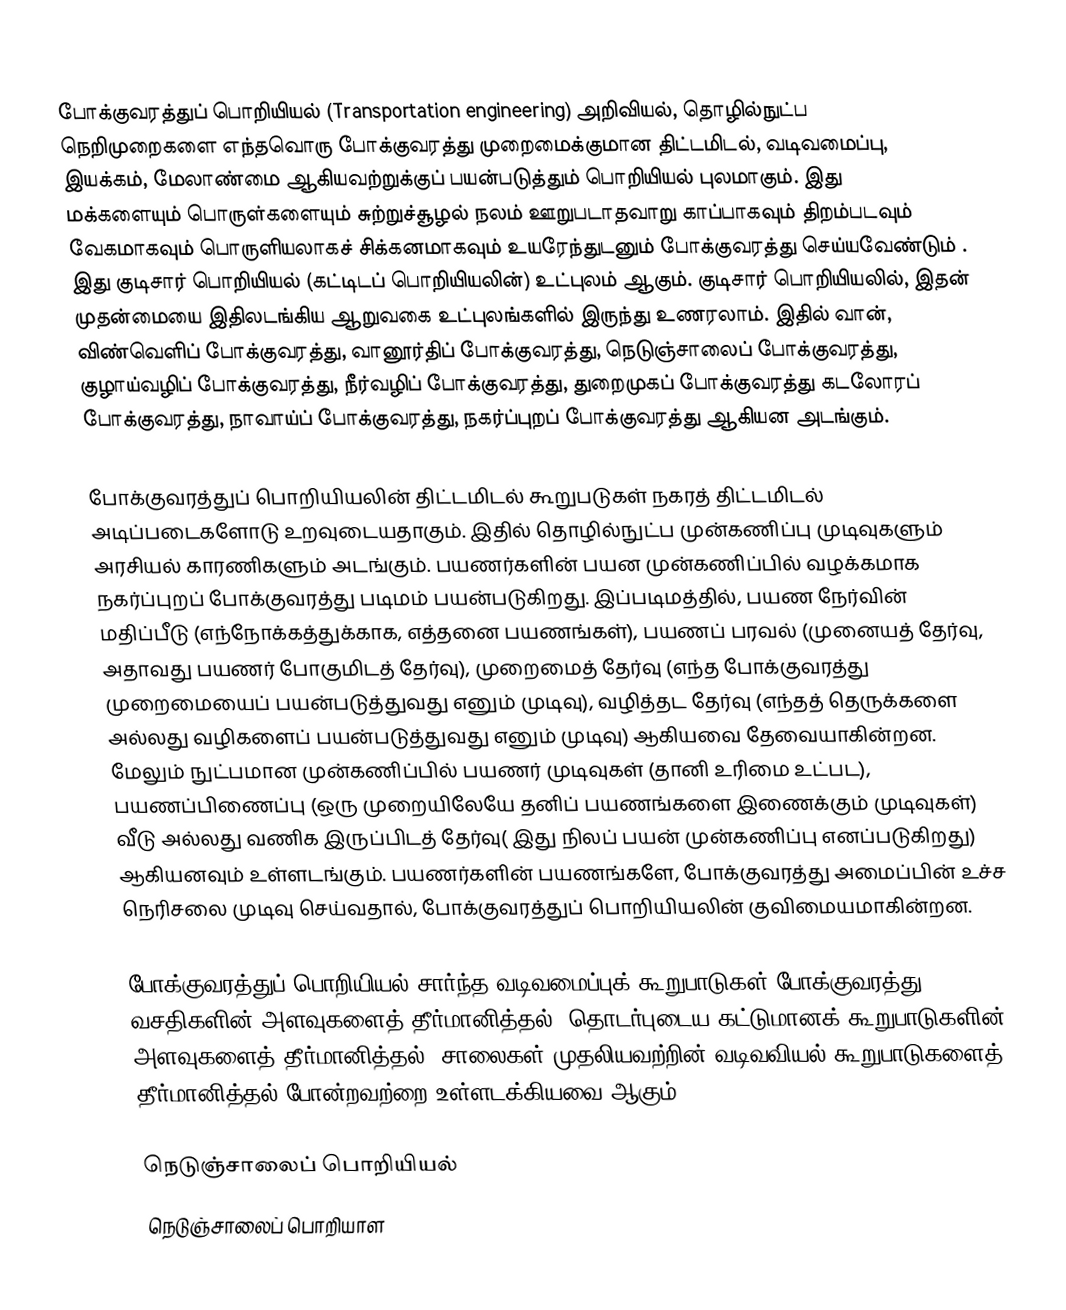
போக்குவரத்துப் பொறியியல் (Transportation engineering)  அறிவியல், தொழில்நுட்ப நெறிமுறைகளை எந்தவொரு போக்குவரத்து முறைமைக்குமான திட்டமிடல், வடிவமைப்பு, இயக்கம், மேலாண்மை ஆகியவற்றுக்குப் பயன்படுத்தும் பொறியியல் புலமாகும். இது மக்களையும் பொருள்களையும் சுற்றுச்சூழல் நலம் ஊறுபடாதவாறு காப்பாகவும் திறம்படவும் வேகமாகவும் பொருளியலாகச் சிக்கனமாகவும் உயரேந்துடனும் போக்குவரத்து செய்யவேண்டும் .  இது குடிசார் பொறியியல் (கட்டிடப் பொறியியலின்) உட்புலம் ஆகும். குடிசார் பொறியியலில், இதன் முதன்மையை இதிலடங்கிய ஆறுவகை உட்புலங்களில் இருந்து உணரலாம். இதில் வான், விண்வெளிப் போக்குவரத்து, வானூர்திப் போக்குவரத்து, நெடுஞ்சாலைப் போக்குவரத்து, குழாய்வழிப் போக்குவரத்து, நீர்வழிப் போக்குவரத்து, துறைமுகப் போக்குவரத்து கடலோரப் போக்குவரத்து, நாவாய்ப் போக்குவரத்து, நகர்ப்புறப் போக்குவரத்து ஆகியன அடங்கும்.

போக்குவரத்துப் பொறியியலின் திட்டமிடல் கூறுபடுகள் நகரத் திட்டமிடல் அடிப்படைகளோடு உறவுடையதாகும். இதில் தொழில்நுட்ப முன்கணிப்பு முடிவுகளும் அரசியல் காரணிகளும் அடங்கும்.  பயணர்களின் பயன முன்கணிப்பில் வழக்கமாக நகர்ப்புறப் போக்குவரத்து படிமம் பயன்படுகிறது. இப்படிமத்தில், பயண நேர்வின் மதிப்பீடு (எந்நோக்கத்துக்காக, எத்தனை பயணங்கள்), பயணப் பரவல் (முனையத் தேர்வு, அதாவது பயணர் போகுமிடத் தேர்வு), முறைமைத் தேர்வு (எந்த போக்குவரத்து முறைமையைப் பயன்படுத்துவது எனும் முடிவு),  வழித்தட தேர்வு (எந்தத் தெருக்களை அல்லது வழிகளைப் பயன்படுத்துவது எனும் முடிவு) ஆகியவை தேவையாகின்றன.  மேலும் நுட்பமான முன்கணிப்பில் பயணர் முடிவுகள் (தானி உரிமை உட்பட), பயணப்பிணைப்பு (ஒரு முறையிலேயே தனிப் பயணங்களை இணைக்கும் முடிவுகள்) வீடு அல்லது வணிக இருப்பிடத் தேர்வு( இது நிலப் பயன் முன்கணிப்பு எனப்படுகிறது) ஆகியனவும் உள்ளடங்கும். பயணர்களின் பயணங்களே, போக்குவரத்து அமைப்பின் உச்ச நெரிசலை முடிவு செய்வதால், போக்குவரத்துப் பொறியியலின் குவிமையமாகின்றன.

போக்குவரத்துப் பொறியியல் சார்ந்த வடிவமைப்புக் கூறுபாடுகள் போக்குவரத்து வசதிகளின் அளவுகளைத் தீர்மானித்தல், தொடர்புடைய கட்டுமானக் கூறுபாடுகளின் அளவுகளைத் தீர்மானித்தல், சாலைகள் முதலியவற்றின் வடிவவியல் கூறுபாடுகளைத் தீர்மானித்தல் போன்றவற்றை உள்ளடக்கியவை ஆகும்.

நெடுஞ்சாலைப் பொறியியல்
நெடுஞ்சாலைப் பொறியாள